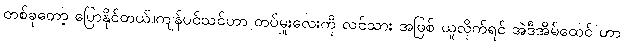
တစ်ခုတော့ ပြောနိုင်တယ်။ကျန်ပင်သင်ဟာ တပ်မှူးလေးကို လင်သား အဖြစ် ယူလိုက်ရင် အဲဒီအိမ်ထေင် ဟာ